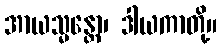
အာယသ္မန္တော၊ ဒါယကာတို့။